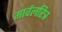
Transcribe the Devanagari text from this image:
मार्वलरित्र